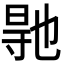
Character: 𭔳